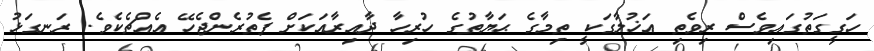
ހަގީގަތުގައިވެސް ރިވެތި އަޚުލާގަކީ ތިމާގެ ޙަޔާތުގެ ހުރިހާ ދާއިރާއަކަށް ފެތުރެންޖެހޭ އެެއްޗެކެވެ. ރަނގަޅު